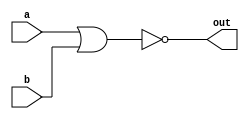
// Exercise 2-1-5: NOR Gate
module NOR_gate (
    input a,
    input b,
    output out
);
    assign out = ~(a | b);
endmodule